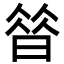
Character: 㫺